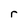
Character: r